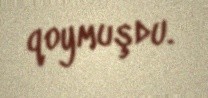
qoymuşdu.